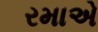
રમાએ